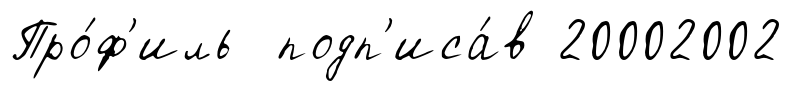
Про́ф'иль подп'иса́в 20002002